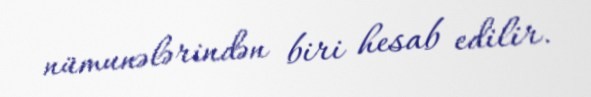
nümunələrindən biri hesab edilir.